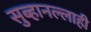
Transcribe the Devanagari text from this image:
सुब्हानल्लाही